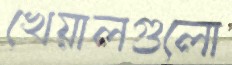
খেয়ালগুলো